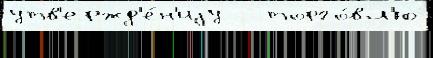
утв'ержд'е́н'иjу   торго́вл'ю